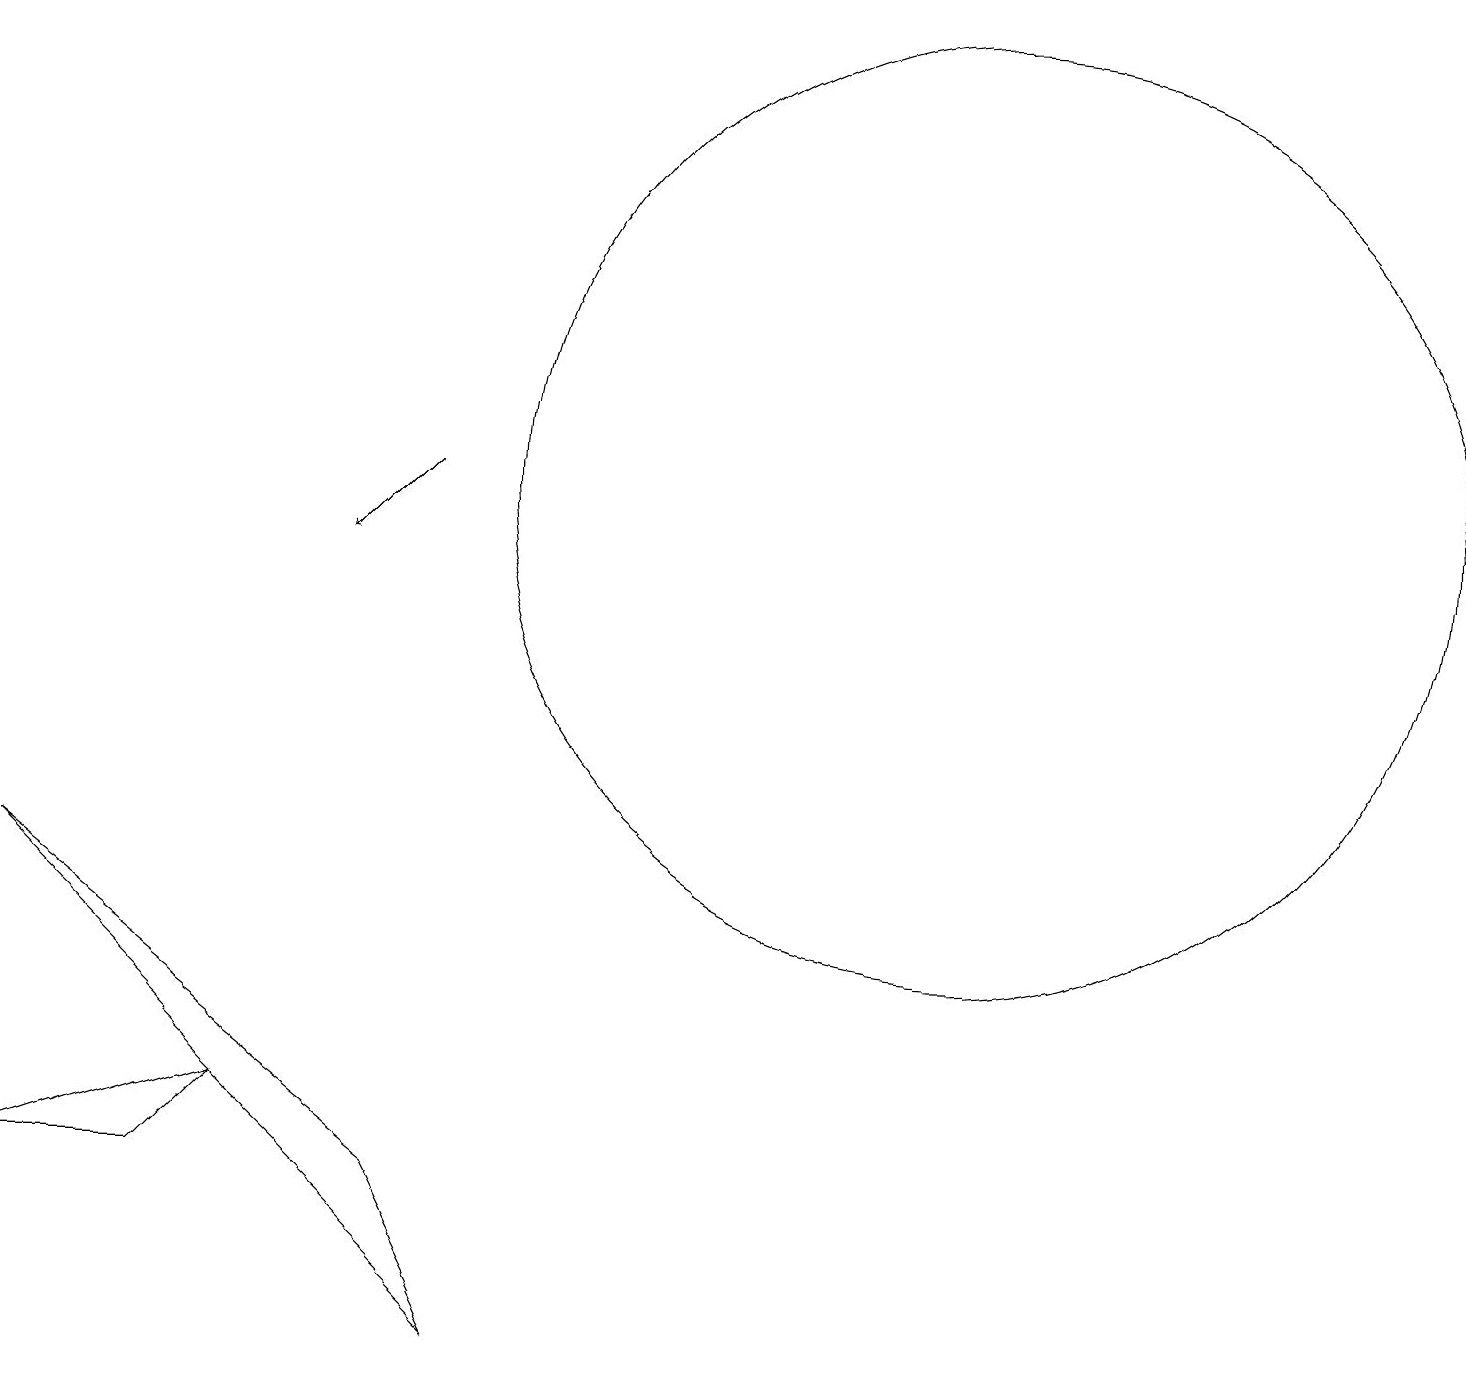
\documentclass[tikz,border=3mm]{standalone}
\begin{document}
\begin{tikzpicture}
\draw (3,3) -- (2,2) -- (0,2) -- cycle;
\draw (0,6) -- (5,2) -- (6,0) -- cycle;
\draw (12,11) circle (6);
\draw[->] (5,11) -- (4,10);
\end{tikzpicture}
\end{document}